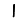
Digit: 1